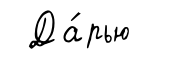
Да́рью